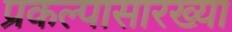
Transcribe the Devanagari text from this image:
प्रकल्पासारख्या